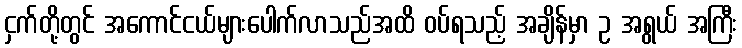
ငှက်တို့တွင် အကောင်ငယ်များပေါက်လာသည်အထိ ဝပ်ရသည့် အချိန်မှာ ဥ အရွယ် အကြီး